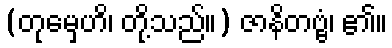
(တုမှေဟိ၊ တို့သည်။) ဇာနိတဗ္ဗံ၊ ၏။